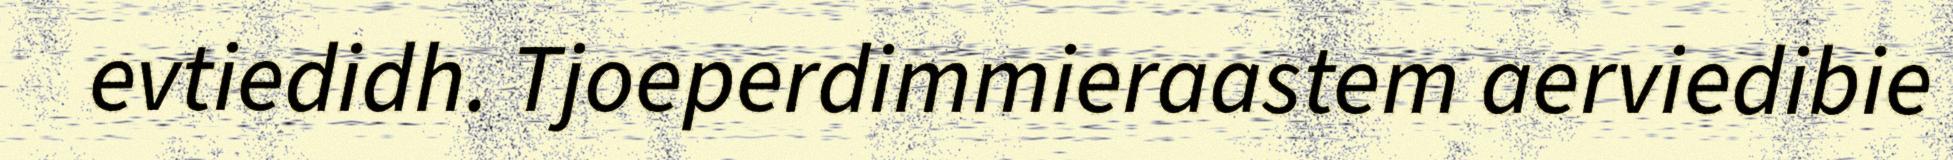
evtiedidh. Tjoeperdimmieraastem aerviedibie